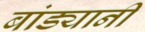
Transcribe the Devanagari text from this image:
बांड्यानी